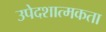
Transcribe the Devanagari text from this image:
उपेदशात्मकता